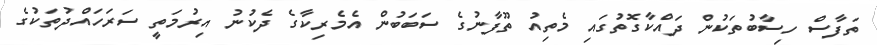
ތަފާސް ހިސާބުތަކުން ދައްކާގޮތުގައި މެތިއު ތޫފާނުގެ ސަބަބުން އެމެރިކާގެ ދެކުނު އިރުމަތީ ސަރަހައްދުތަކުގެ